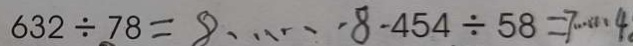
6 3 2 \div 7 8 = 8 \dot { s } \dot { s } 8 4 5 4 \div 5 8 = 7 \dot { s } \dot { s } 4